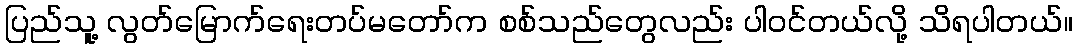
ပြည်သူ့ လွတ်မြောက်ရေးတပ်မတော်က စစ်သည်တွေလည်း ပါဝင်တယ်လို့ သိရပါတယ်။